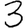
Digit: 3